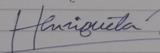
Signature authenticity: genuine